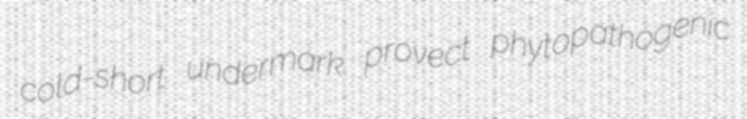
cold-short undermark provect phytopathogenic